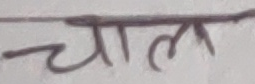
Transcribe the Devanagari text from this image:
चाल